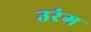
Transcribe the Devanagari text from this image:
उरंग